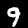
Label: 9